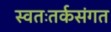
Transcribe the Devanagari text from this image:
स्वतःतर्कसंगत